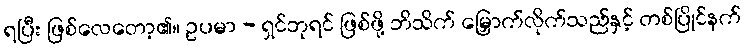
ရပြီး ဖြစ်လေတော့၏။ ဥပမာ - ရှင်ဘုရင် ဖြစ်ဖို့ ဘိသိက် မြှောက်လိုက်သည်နှင့် တစ်ပြိုင်နက်